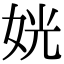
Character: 姯